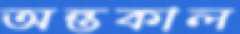
অন্তকাল